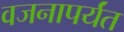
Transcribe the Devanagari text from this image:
वजनापर्यंत